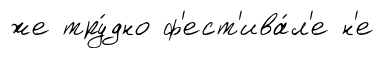
же тру́дно ф'ест'ива́л'е н'е